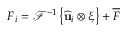
\boldsymbol { F } _ { i } = \mathcal { F } ^ { - 1 } \left\{ \widehat { \mathbf { u } } _ { i } \otimes \boldsymbol { \upxi } \right\} + \overline { { \boldsymbol { F } } }